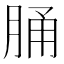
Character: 𦛸